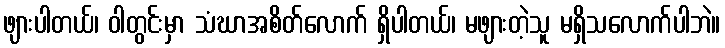
ဖျားပါတယ်၊ ဝါတွင်းမှာ သံဃာအစိတ်လောက် ရှိပါတယ်၊ မဖျားတဲ့သူ မရှိသလောက်ပါဘဲ။